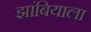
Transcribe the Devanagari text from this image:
झांबियाला